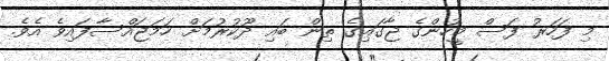
މި ފަހަރު ފަސް މީހުންގެ ޖާގައިގެ ތިން ބައި ދޫކުރުމަށް ހަމަޖައްސާފައިވެ އެވެ.